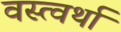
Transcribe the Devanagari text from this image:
वस्त्वर्था